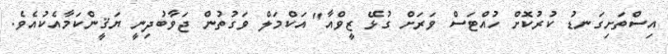
އިސްތަށިގަނޑު ކުރުކޮށް ހުއްޓަސް ވަރަށް ގުޅޭ ޒީވްއާ" އަކްމަލް ވަގުތުން ޖަވާބުދިނީ ޔަޤީންކަމާއެކުއެވެ.